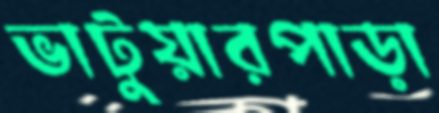
ভাটুয়ারপাড়া